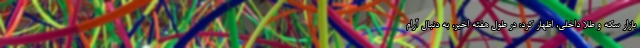
بازار سکه و طلا داخلی، اظهار کرد: در طول هفته اخیر، به دنبال آرام